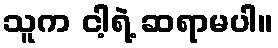
သူက ငါ့ရဲ့ ဆရာမပါ။